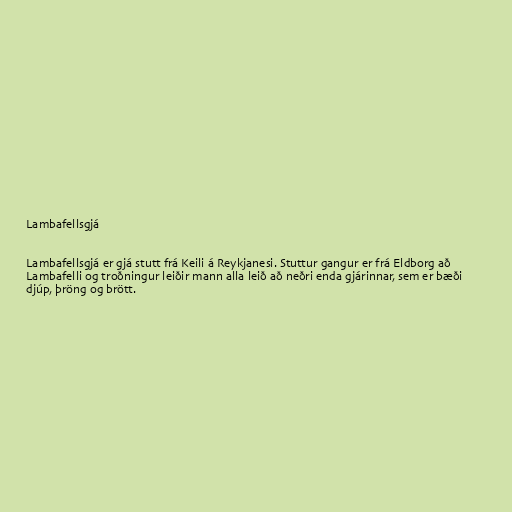
Lambafellsgjá

Lambafellsgjá er gjá stutt frá Keili á Reykjanesi. Stuttur gangur er frá Eldborg að
Lambafelli og troðningur leiðir mann alla leið að neðri enda gjárinnar, sem er bæði
djúp, þröng og brött.